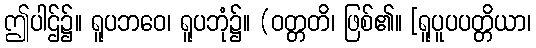
ဤပါဌ်၌။ ရူပဘဝေ၊ ရူပဘုံ၌။ (ဝတ္တတိ၊ ဖြစ်၏။ [ရူပူပပတ္တိယာ၊